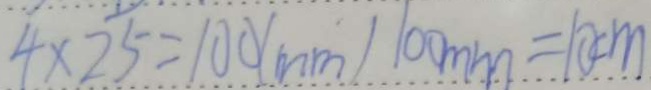
4 \times 2 5 = 1 0 0 ( m m ) 1 0 0 m m = 1 0 c m